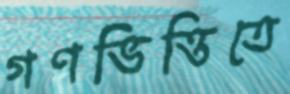
গণভিত্তিতে